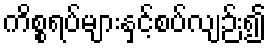
ကိစ္စရပ်များနှင့်စပ်လျဉ်း၍